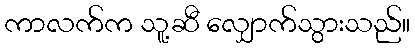
ကာလက်က သူ့ဆီ လျှောက်သွားသည်။